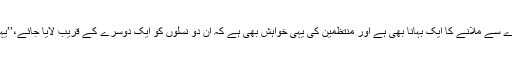
یہ فیسٹول نئے اور پرانے ہپیز کو ایک دوسرے سے ملانے کا ایک بہانا بھی ہے اور منتظمین کی یہی خواہش بھی ہے کہ ان دو نسلوں کو ایک دوسرے کے قریب لایا جائے،’’یہاں صرف پیار اور امن کی بات کی جاتی ہے۔